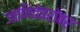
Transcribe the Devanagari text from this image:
जाणिवेबरोबर